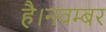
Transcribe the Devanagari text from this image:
है।नवम्बर